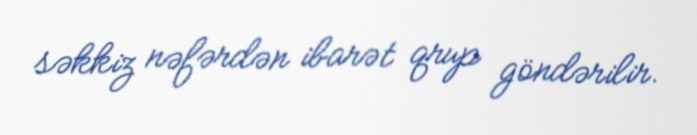
səkkiz nəfərdən ibarət qrup göndərilir.